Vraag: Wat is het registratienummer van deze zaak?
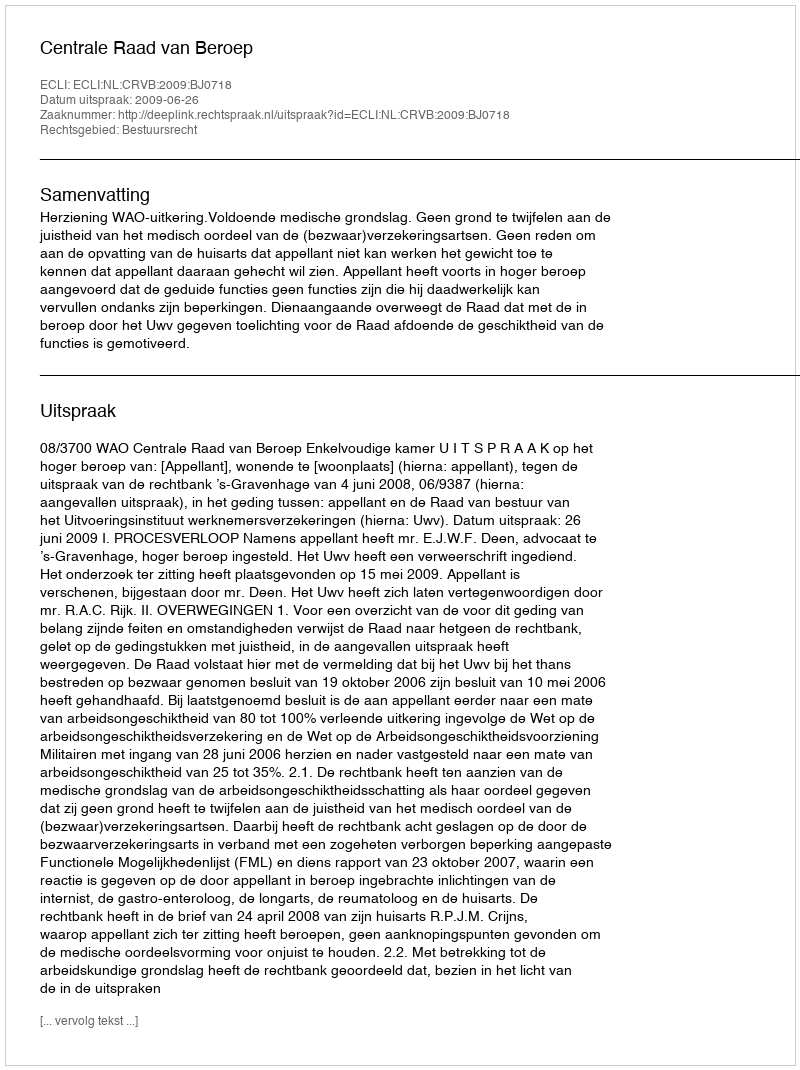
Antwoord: http://deeplink.rechtspraak.nl/uitspraak?id=ECLI:NL:CRVB:2009:BJ0718